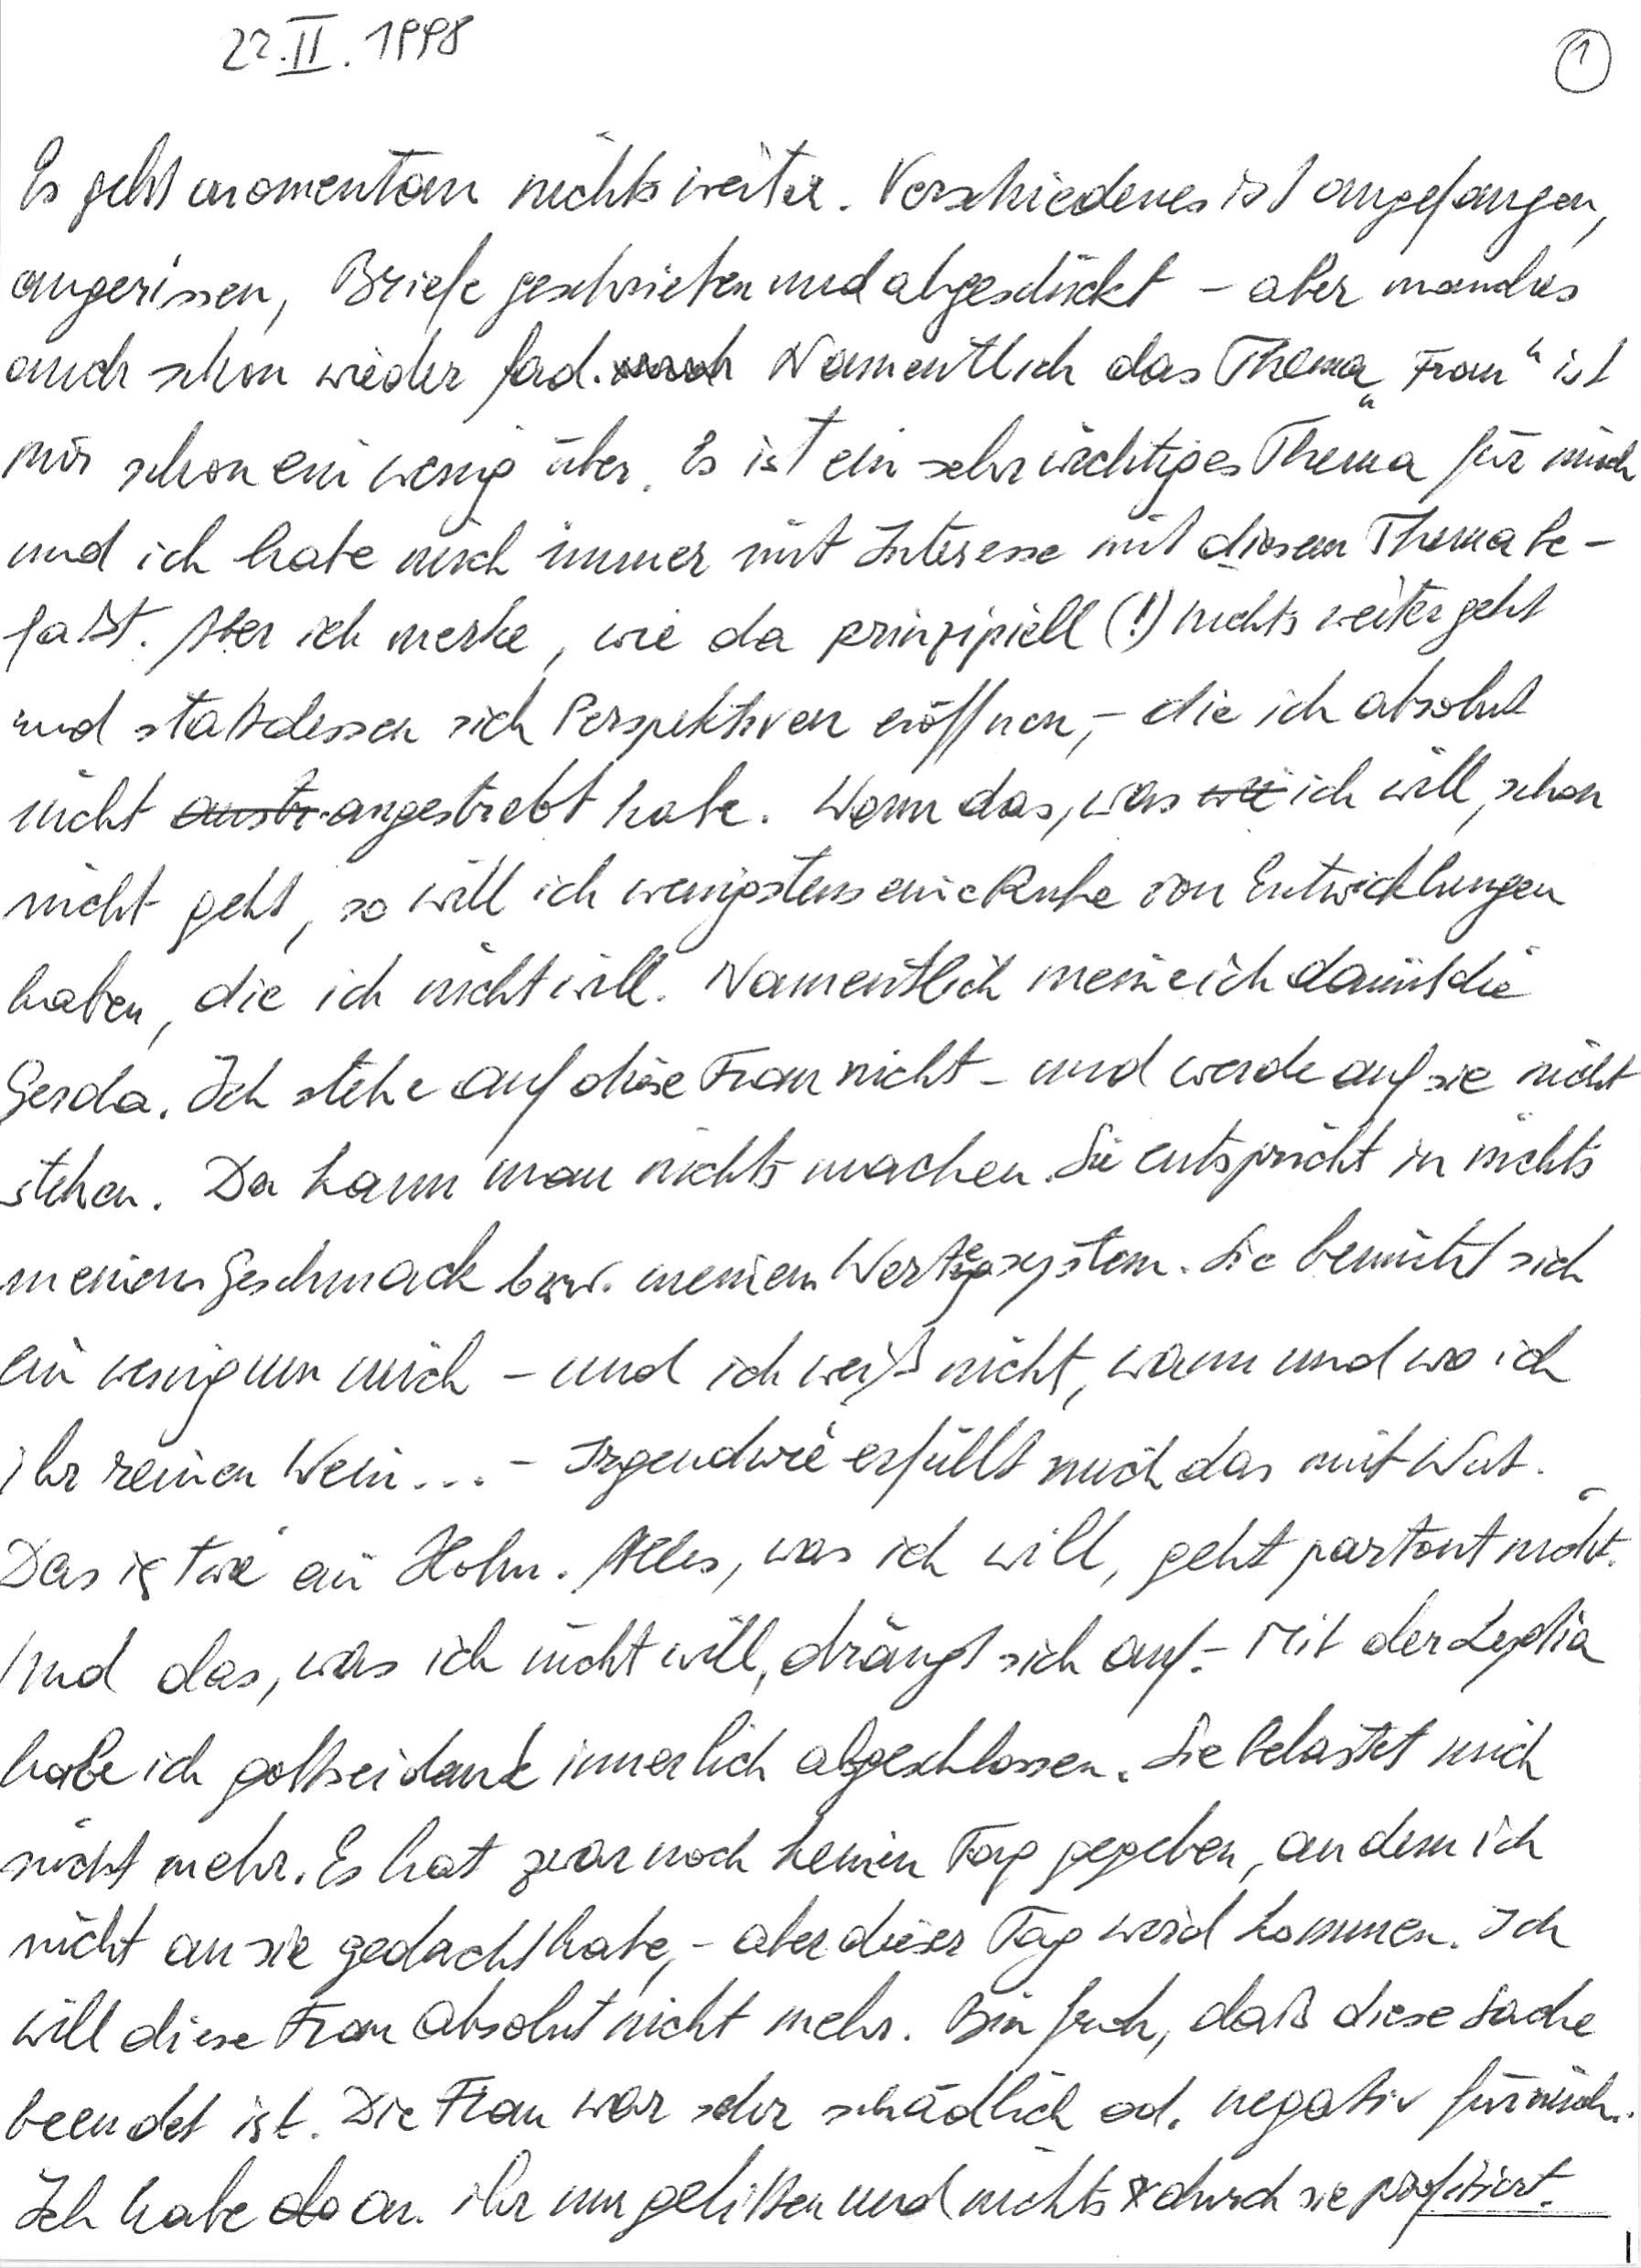
22. II. 1998
Es geht momentan nichts weiter. Verschiedenes ist angefangen,
angerissen, Briefe geschrieben und abgeschickt – aber manches
auch schon wieder fad. Namentlich das Thema „Frau“ ist
mir schon ein wenig über. Es ist ein sehr wichtiges Thema für mich
und ich habe mich immer mit Interesse mit diesem Thema be-
faßt. Aber ich merke, wie da prinzipiell (!) nichts weitergeht
und stattdessen sich Perspektiven eröffnen, – die ich absolut
nicht angestrebt habe. Wenn das, was ich will, schon
nicht geht, so will ich wenigstens eine Ruhe von Entwicklungen
haben, die ich nicht will. Namentlich meine ich damit die
Gerda. Ich stehe auf diese Frau nicht – und werde auf sie nicht
stehen. Da kann man nichts machen. Sie entspricht in nichts
meinem Geschmack bzw. meinem Wertesystem. Sie bemüht sich
ein wenig um mich – und ich weiß nicht, wann und wo ich
ihr reinen Wein … – Irgendwie erfüllt mich das mit Wut.
Das ist wie ein Hohn. Alles, was ich will, geht partout nicht.
Und das, was ich nicht will, drängt sich auf. – Mit der Lydia
habe ich gottseidank innerlich abgeschlossen. Sie belastet mich
nicht mehr. Es hat zwar noch keinen Tag gegeben, an dem ich
nicht an sie gedacht habe, – aber dieser Tag wird kommen. Ich
will diese Frau absolut nicht mehr. Bin froh, daß diese Sache
beendet ist. Die Frau war sehr schädlich od. negativ für mich.
Ich habe an ihr nur gelitten und nichts durch sie profitiert.